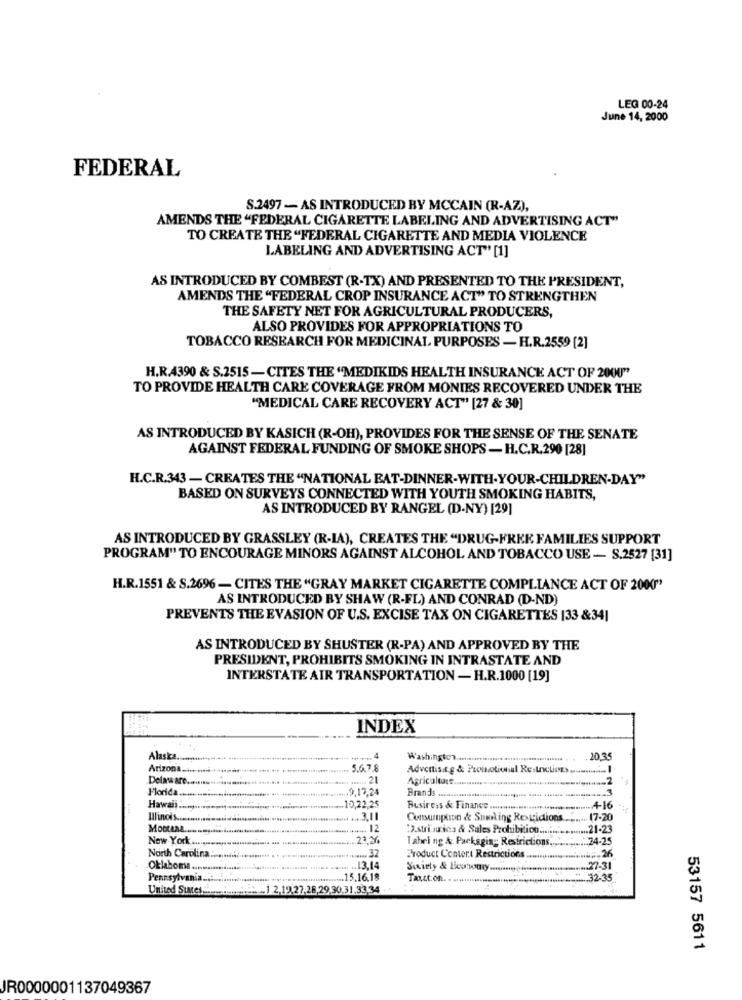
LEG 00-24
June 14, 2000
FEDERAL
S.2497 - AS INTRODUCED BY MCCAIN (R-AZ),
AMENDS THE "FEDERAL CIGARETTE LABELING AND ADVERTISING ACT"
TO CREATE THE "FEDERAL CIGARETTE AND MEDIA VIOLENCE
LABELING AND ADVERTISING ACT" [1]
AS INTRODUCED BY COMBEST (R-TX) AND PRESENTED TO THE PRESIDENT,
AMENDS THE "FEDERAL CROP INSURANCE ACT" TO STRENGTHEN
THE SAFETY NET FOR AGRICULTURAL PRODUCERS,
ALSO PROVIDES FOR APPROPRIATIONS TO
TOBACCO RESEARCH FOR MEDICINAL PURPOSES - H.R.2559 [2]
H.R.4390 & S.2515 -CITES THE "MEDIKIDS HEALTH INSURANCE ACT OF 2000"
TO PROVIDE HEALTH CARE COVERAGE FROM MONIES RECOVERED UNDER THE
"MEDICAL CARE RECOVERY ACT" [27 & 30]
AS INTRODUCED BY KASICH (R-OH), PROVIDES FOR THE SENSE OF THE SENATE
AGAINST FEDERAL FUNDING OF SMOKE SHOPS - H.C.R.290 [28]
H.C.R.343 - CREATES THE "NATIONAL EAT-DINNER-WITH-YOUR-CHILDREN-DAY"
BASED ON SURVEYS CONNECTED WITH YOUTH SMOKING HABITS,
AS INTRODUCED BY RANGEL (D-NY) [29]
AS INTRODUCED BY GRASSLEY (R-IA), CREATES THE "DRUG-FREE FAMILIES SUPPORT
PROGRAM" TO ENCOURAGE MINORS AGAINST ALCOHOL AND TOBACCO USE - S.2527 [31]
H.R.1551 & S.2696 - CITES THE "GRAY MARKET CIGARETTE COMPLIANCE ACT OF 2000"
AS INTRODUCED BY SHAW (R-FL) AND CONRAD (D-ND)
PREVENTS THE EVASION OF U.S. EXCISE TAX ON CIGARETTES |33 &341
AS INTRODUCED BY SHUSTER (R-PA) AND APPROVED BY THE
PRESIDENT, PROHIBITS SMOKING IN INTRASTATE AND
INTERSTATE AIR TRANSPORTATION - H.R.1000 [19]
INDEX
Alaska
4
.20,35
Arizona .hun
5.6.7.8
Adventist.g & Promotional ResUnctions .....
Delaws are
21
Agriculture.
Florida
.9,17,24
Brands
Hawaii
.. 10,22,25
Busireis & Finance.
.. 4-16
Illinois ...
3.11
Consumption & Smoking Restrictions ..
... 17-20
Montana ..
...... 12
2.stri aurica & Sales Prohibition .......
.. 21-23
New York.
.. 23,26
Tabel ng & Packaging: Restrictions.
74-25
North Carolina.
...... 32
Product Contert Restrictions
:. 26
Oklahoma
.. 13,14
Society & Beatoaty ....... ein
... 27-31
Pennsylvania .....
15.16.18
Tatt.on. .
.... 32-35
United States ...
....... .. ] 2,19 27,28,29.30,31,33,34
53157 5611
JR0000001137049367